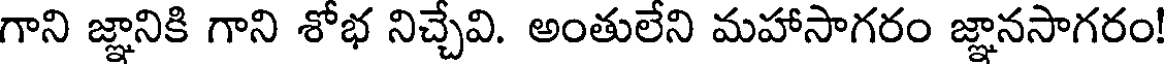
గాని జ్ఞానికి గాని శోభ నిచ్చేవి. అంతులేని మహాసాగరం జ్ఞానసాగరం!